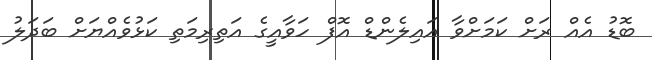
ބޮޑު އެއް ރަށް ކަމަށްވާ އައިލެންޑް އޮފް ހަވާއީގެ އަތިރިމަތި ކަޅުވެއްޔަށް ބަދަލު